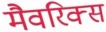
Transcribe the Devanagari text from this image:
मैवरिक्स